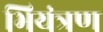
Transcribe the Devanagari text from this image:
भियंत्रण